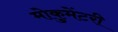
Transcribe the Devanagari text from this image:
मोकुमेंटरी